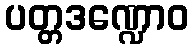
ပတ္တဒဏ္ဍောဝ